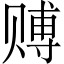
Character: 赙